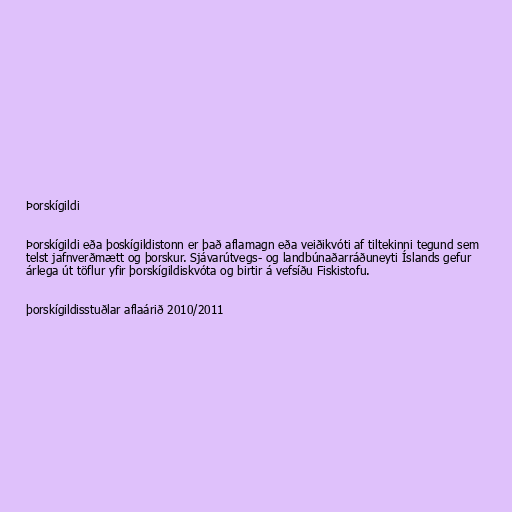
Þorskígildi

Þorskígildi eða þoskígildistonn er það aflamagn eða veiðikvóti af tiltekinni tegund sem
telst jafnverðmætt og þorskur. Sjávarútvegs- og landbúnaðarráðuneyti Íslands gefur
árlega út töflur yfir þorskígildiskvóta og birtir á vefsíðu Fiskistofu.

þorskígildisstuðlar aflaárið 2010/2011